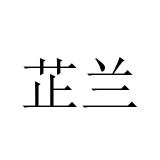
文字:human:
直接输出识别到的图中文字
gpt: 芷兰